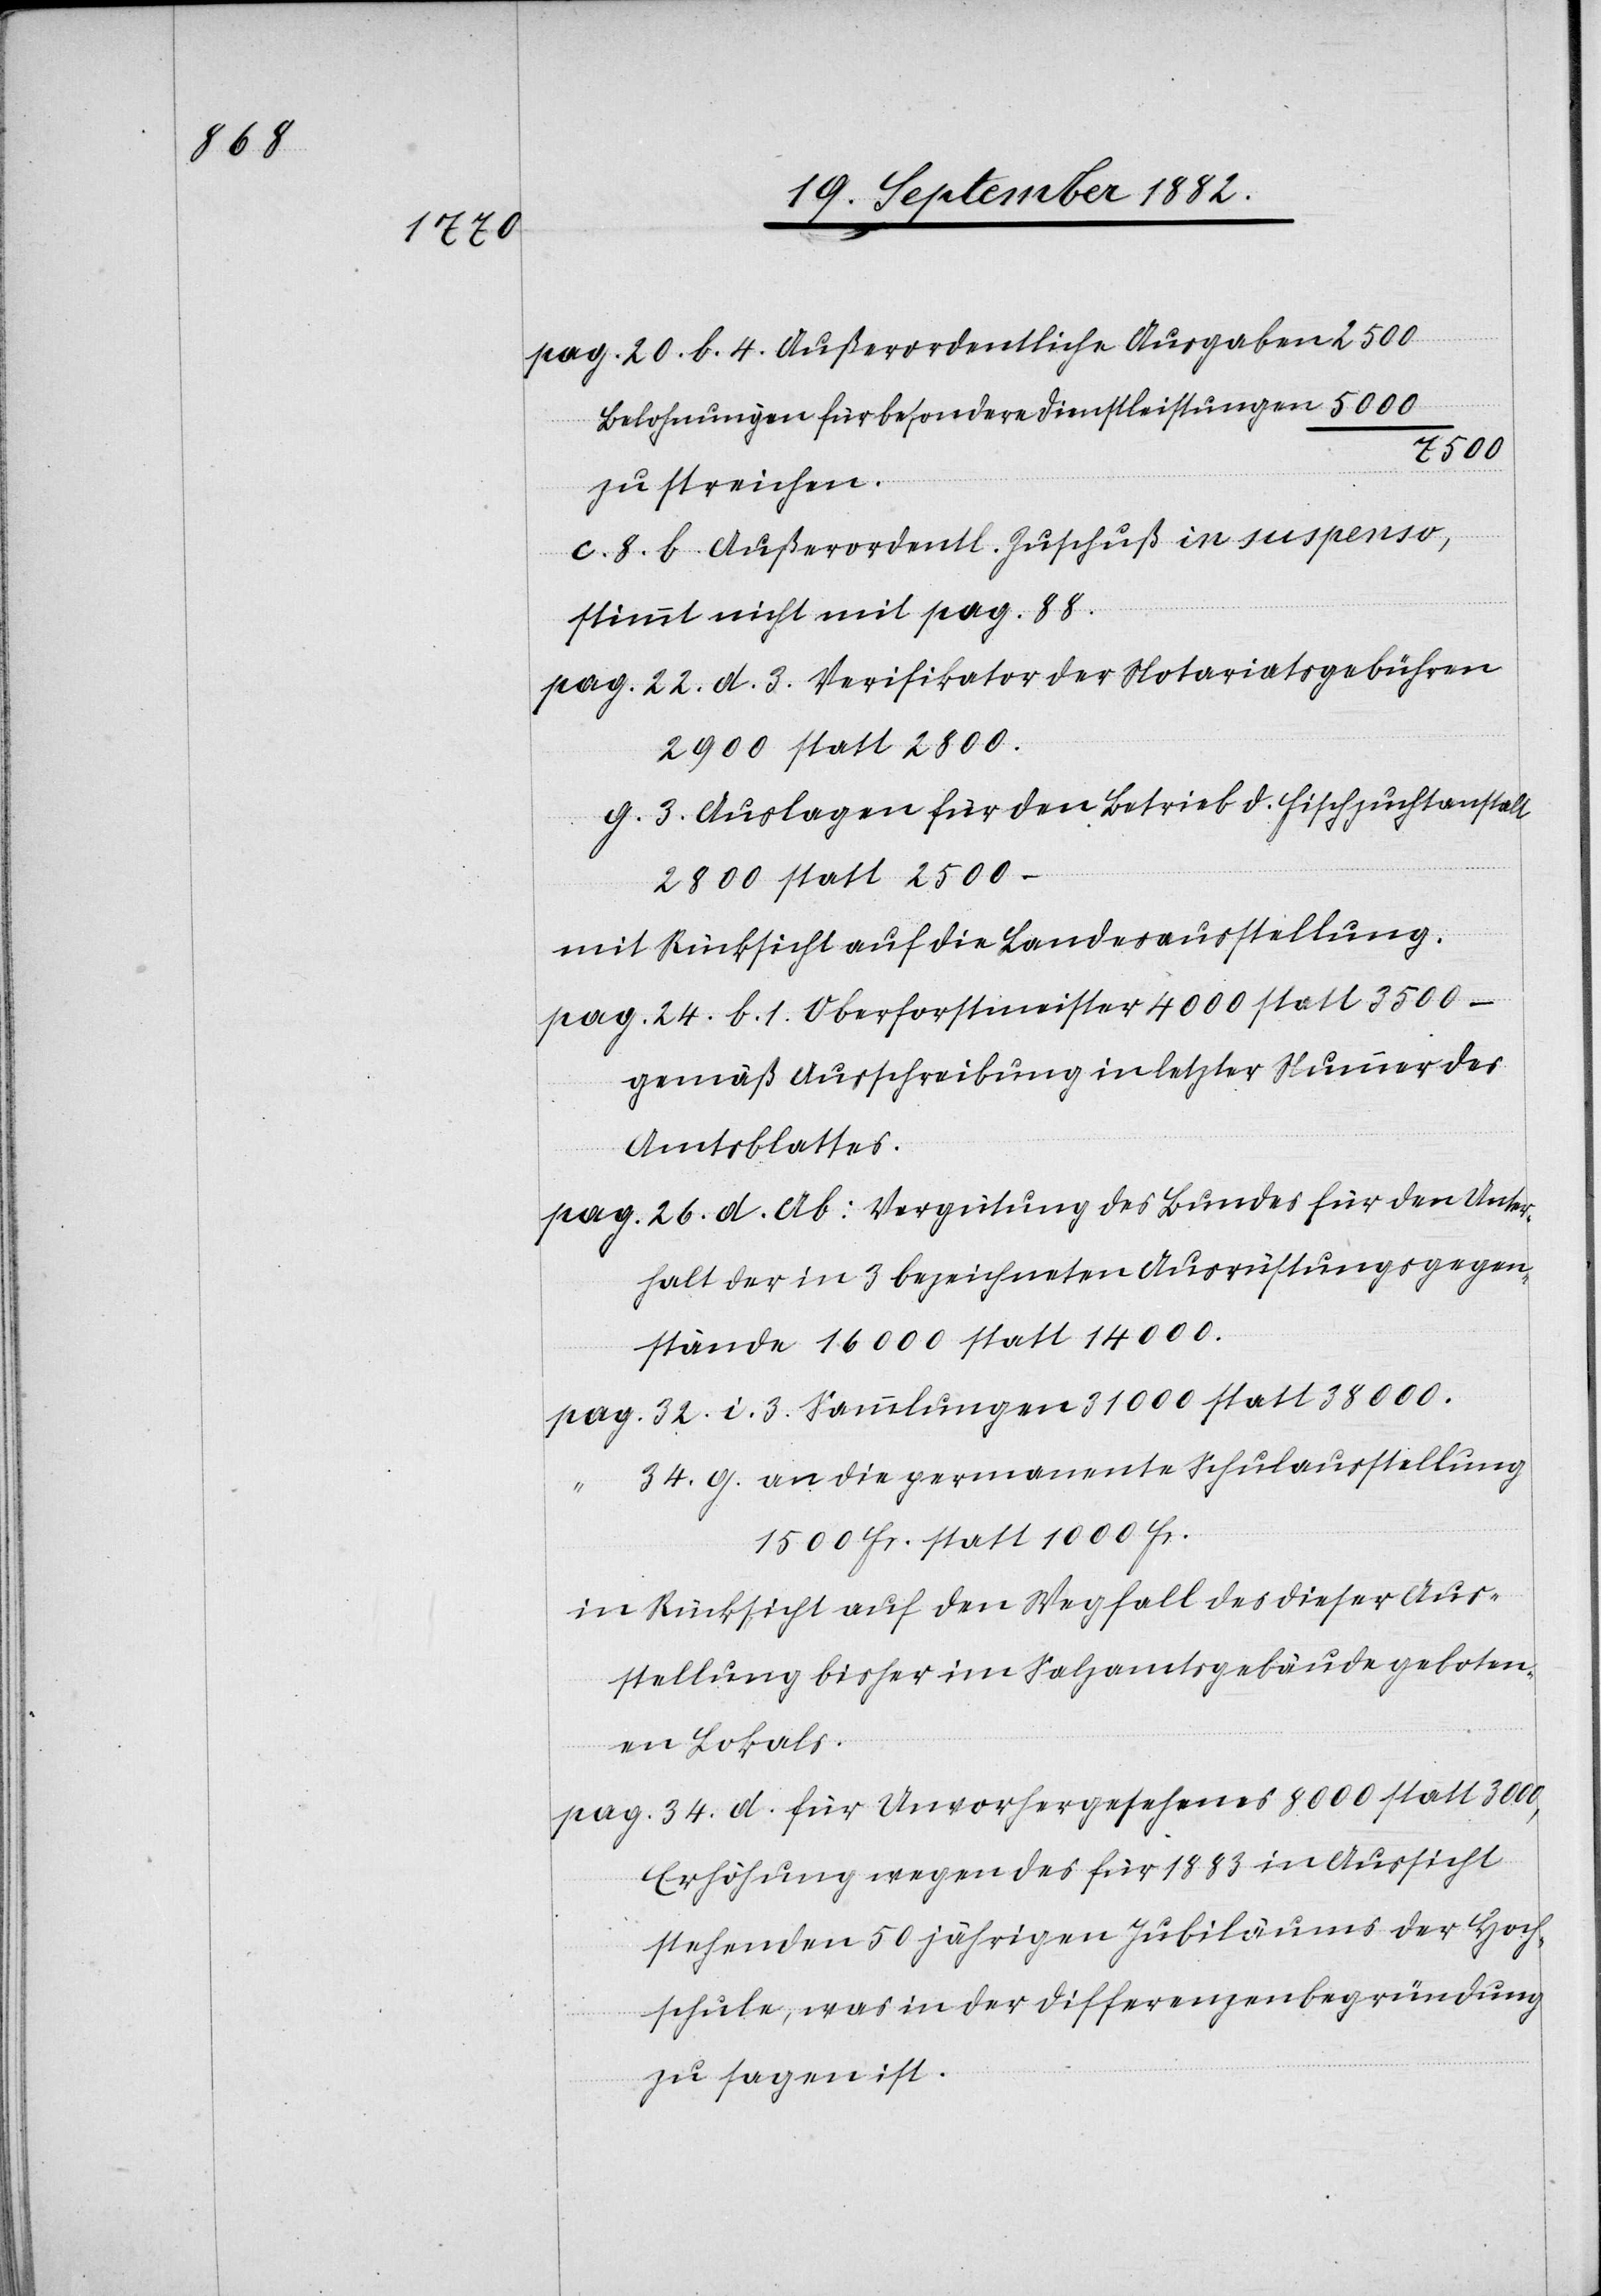
pag. 20. b. 4. Außerordentliche Ausgaben
Belohnungen für besondere Dienstleistungen
7500
zu streichen
c. 8. b. Außerordentl. Zuschuß in suspenso,
stimmt nicht mit pag. 88.
pag. 22. d. 3. Verifikator der Notariatsgebühren
2900 statt 2800.
g. 3. Auslagen für den Betrieb d. Fischzuchtanstalt
2800 statt 2500 –
mit Rücksicht auf die Landesausstellung.
pag. 24. b. 1. Oberforstmeister 4000 statt 3500 –
gemäß Ausschreibung in letzter Nummer des
Amtsblattes.
pag. 26. d. Ab: Vergütung des Bundes für den Unter¬
halt der in 3 bezeichneten Ausrüstungsgegen¬
stände 16000 statt 14000.
32. i. 3. Sammlungen 31000 statt 38000.
34. g. an die permanente Schulausstellung
1500 Fr. statt 1000 Fr.
in Rücksicht auf den Wegfall des dieser Aus¬
stellung bisher im Salzamtsgebäude geboten¬
en Lokals.
pag. 34. d. für Unvorhergesehenes 8000 statt 3000,
Erhöhung wegen des für 1883 in Aussicht
stehenden 50 jährigen Jubiläums der Hoch¬
schule, was in der Differenzenbegründung
zu sagen ist.